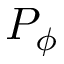
P _ { \phi }